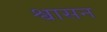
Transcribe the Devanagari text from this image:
श्वासन